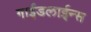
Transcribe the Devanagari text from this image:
गाईडलाईन्स